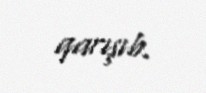
qarışıb.